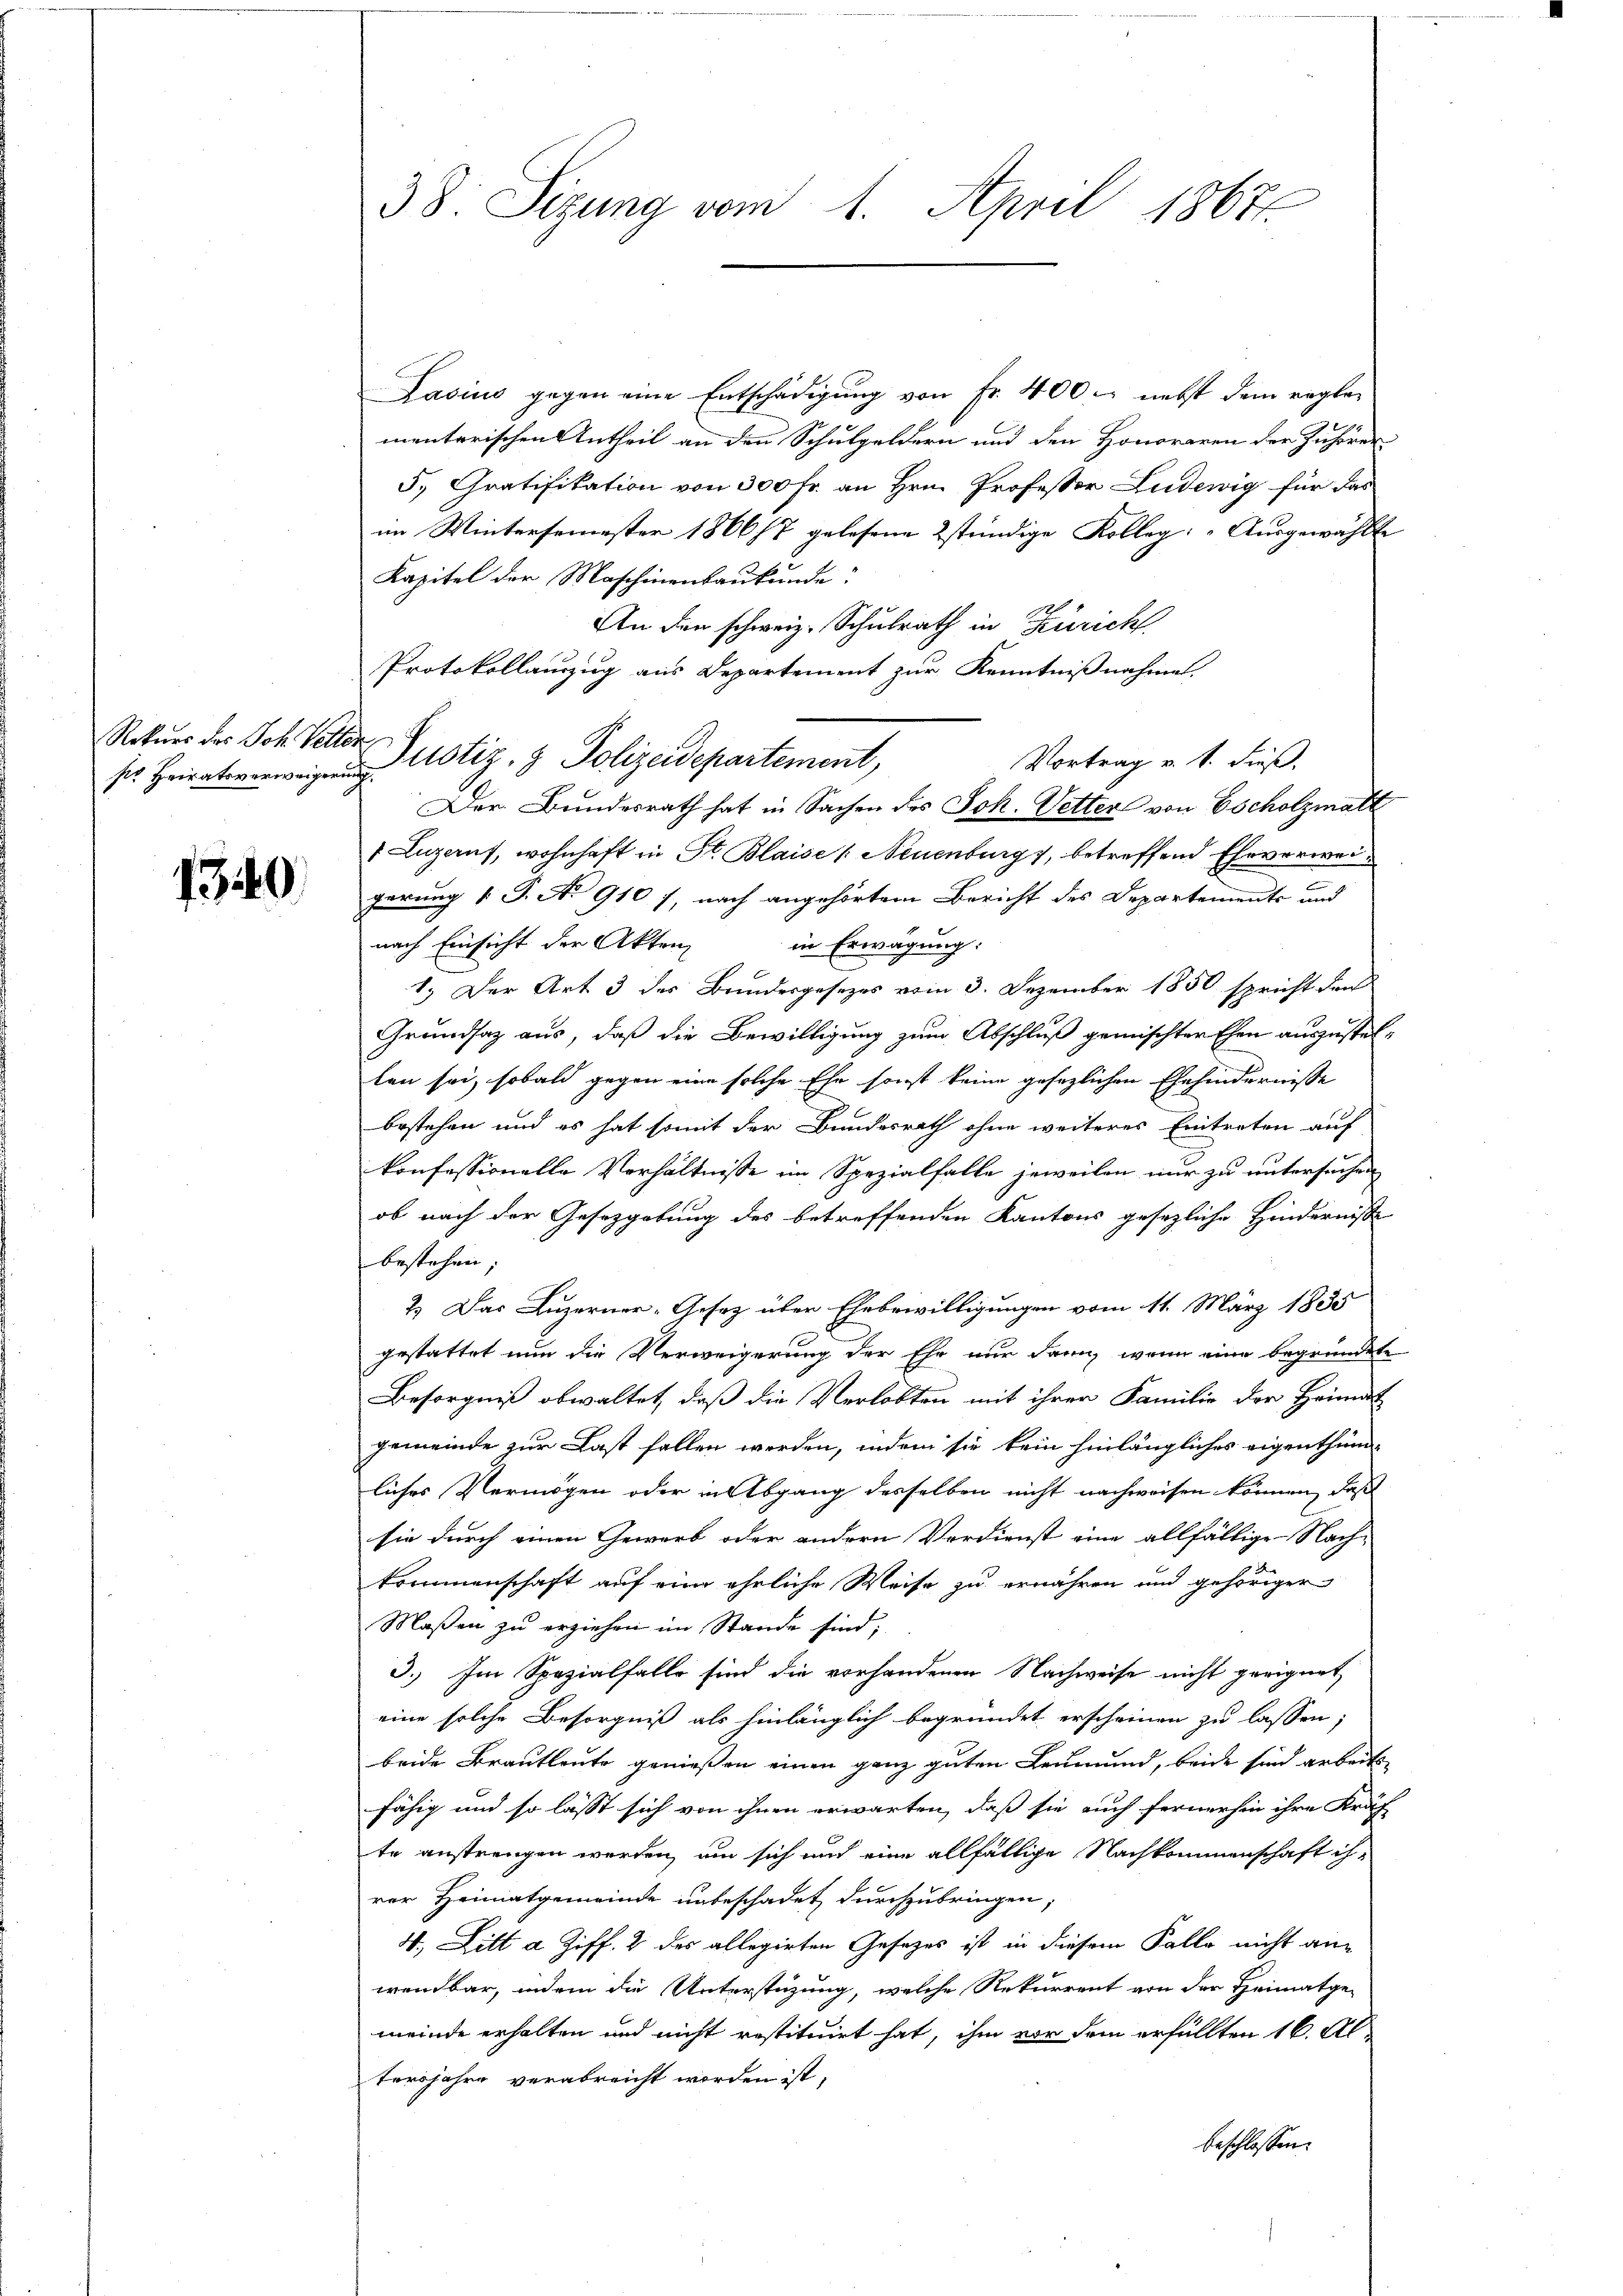
sr Heiratsverweigerung

1340

38. Sizung vom 1. April 1867.

Rekurs der Sch. Vetter Justiz- & Polizeidepartement,

Lasius gegen eine Entschädigung von Fr. 400. nebst dem reglementerischen Antheil an den Schulgeldern und den Honoraren der Zuhörer
5. Gratifikation von 300 Fr. an Hrn. Professor Ludewig für das
im Wintersemester 1866/7 gelesene stündige Kolleg "Ausgewählte
Kapitel der Maschinenbaukunde
1
An den schweiz. Schulrath in Zürich
Protokollanzug aus Departement zur Kenntnißnahme.
Vortrag v. 1. dieß.
Der Bundesrath hat in Sachen des Joh. Vetter von Escholzmatt
1 Luzerns, wohnhaft in St. Blaise (Neuenburg, betreffend Ehrverweigerung 1 S. No 910 /, nach angehörtem Bericht des Departements und
nach Einsicht der Akten
in Erwägung:
1.) Der Art 3 des Bundesgesezes vom 3. Dezember 1850 spricht den
Grundsaz aus, daß die Bewilligung zum Abschluß gemischter Ehen auszustellen sei, sobald gegen eine solche Ehe sonst keine gesezlichen Ehehindernisse
bestehen und es hat somit der Bundesrath ohne weiteres Eintreten auf
konfessionelle Verhältnisse im Spezialfalle jeweilen nur zu untersuchen
ob nach der Gesetzgebung des betreffenden Kantons gesezliche Hindernisse
bestehen;
2.) Das Luzerner-Gesetz über Ehebewilligungen vom 11. März 1835
gestattet nun die Verweigerung der Ehe nur dann, wenn eine begründete
Besorgniß obwaltet, daß die Verlobten mit ihrer Familie der Heimat
gemeinde zur Last fallen werden, indem sie kein hinlängliches eigenthum
liches Vermögen oder in Abgang desselben nicht nachweisen können, dass
sie durch einen Gewerb oder andern Verdienst eine allfällige Nach-
kommenschaft auf eine ehrliche Weise zu ernähren und gehöriger
Maßen zu erziehen im Stande sind;
3.) Im Spezialfalle sind die vorhandenen Nachweise nicht geeignet,
eine solche Besorgniß als hinlänglich begründet erscheinen zu lassen,
beide Brautleute geniessen einen ganz guten Leumund, beide sind arbeits
fähig und so lässt sich von ihnen erwarten, daß sie auch fernerhin ihre Kräf
te anstrengen werden, um sich auch eine allfällige Nachkommenschaft ih-
rer Heimatgemeinde unbeschadet durchzubringen,
4., Litt a Ziff. 2 des allegirten Gesezes ist in diesem Falle nicht anwendbar, indem die Unterstüzung, welche Rekurrent von der Heimatge-
meinde erhalten und nicht restituirt hat, ihm vor dem erfüllten 16. Altersjahre verabreicht worden ist,
beschlossen: